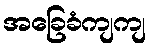
အခြေခံကျကျ